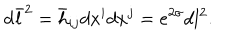
LaTeX: d \bar { l } ^ { 2 } = \bar { h } _ { i j } d x ^ { i } d x ^ { j } = e ^ { 2 \sigma } d l ^ { 2 } .